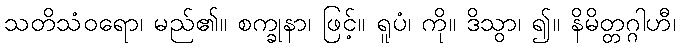
သတိသံဝရော၊ မည်၏။ စက္ခုနာ၊ ဖြင့်။ ရူပံ၊ ကို။ ဒိသွာ၊ ၍။ နိမိတ္တဂ္ဂါဟီ၊